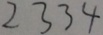
2 3 3 4